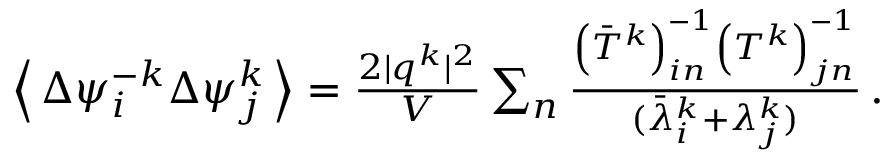
\begin{array} { r } { \left\langle \, \Delta \psi _ { i } ^ { - k } \Delta \psi _ { j } ^ { k } \, \right\rangle = \frac { 2 \vert \boldsymbol { q } ^ { k } \vert ^ { 2 } } { V } \sum _ { n } \frac { \left( \bar { T } ^ { k } \right) _ { i n } ^ { - 1 } \left( T ^ { k } \right) _ { j n } ^ { - 1 } } { ( \bar { \lambda } _ { i } ^ { k } + \lambda _ { j } ^ { k } ) } \, . } \end{array}